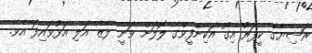
ރަޝިޔާގެ ކީޕަރު އިގޯ އަކިންފީވްގެ ލޮލަށް ވަނީ ލޭޒާ އަލި އަޅުވައިފަ އެވެ.